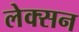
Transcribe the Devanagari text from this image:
लेक्सन